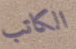
الكاتب